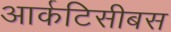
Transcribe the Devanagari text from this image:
आर्कटिसीबस